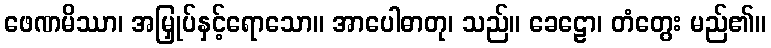
ဖေဏမိဿာ၊ အမြှုပ်နှင့်ရောသော။ အာပေါဓာတု၊ သည်။ ခေဠော၊ တံတွေး မည်၏။